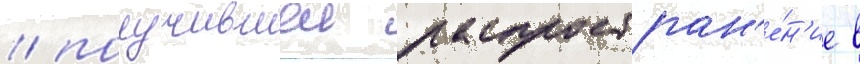
/ получившеи распростран'е́н'ие в